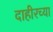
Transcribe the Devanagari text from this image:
दाहीरच्या